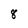
Character: 8